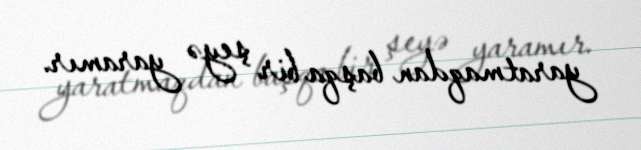
yaratmaqdan başqa bir şeyə yaramır.